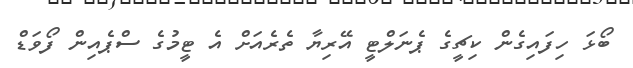
ބޯޅަ ހިފައިގެން ކިޗީގެ ޕެނަލްޓީ އޭރިޔާ ތެރެއަށް އެ ޓީމުގެ ސްޕެއިން ފޯވަޑް